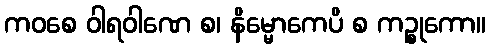
ကဝစေ ဝါရဝါဏေ စ၊ နိမ္မောကေပိ စ ကဉ္စုကော။